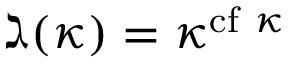
\gimel ( \kappa ) = \kappa ^ { { \mathrm { c f ~ } } \kappa }